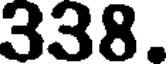
338.